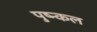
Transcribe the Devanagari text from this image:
पुष्न्कल